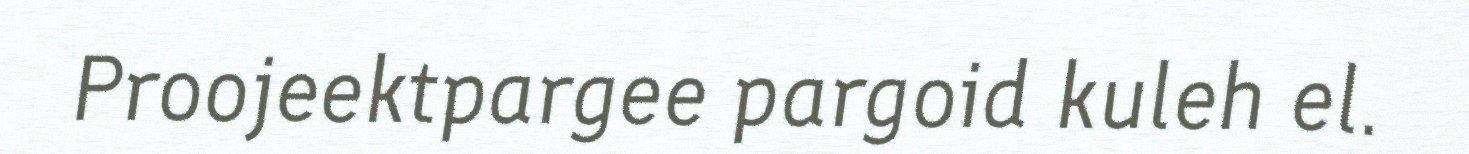
Proojeektpargee pargoid kuleh el.